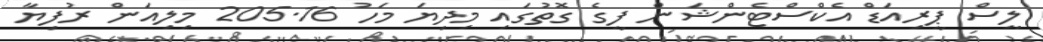
ލީސް ޕީރިއަޑް އެކްސްޓެންޝަން ފީގެ ގޮތުގައި މިދިޔަ މަހު 205.16 މިލިއަން ރުފިޔާ